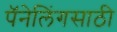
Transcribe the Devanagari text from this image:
पॅनेलिंगसाठी